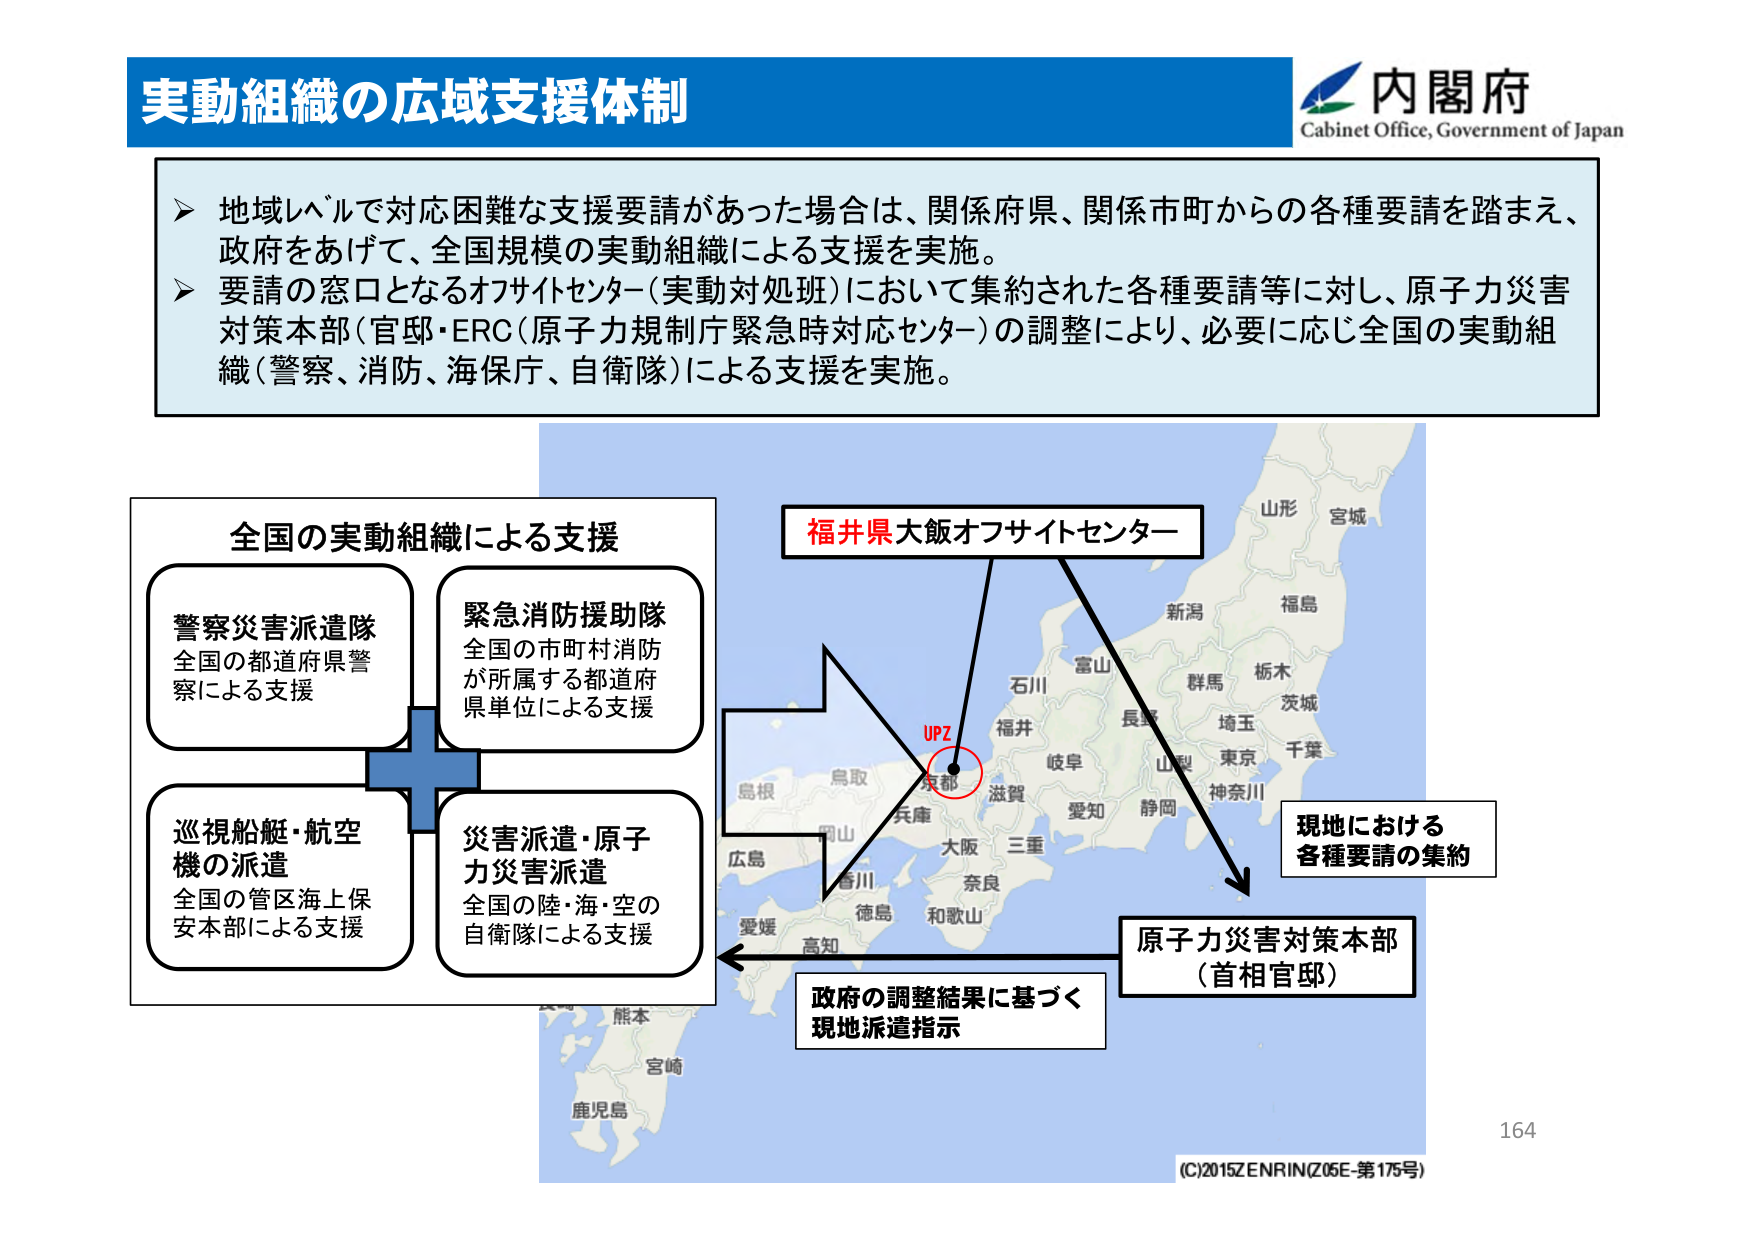
実動組織の広域支援体制

内閣府
Cabinet Office, Government of Japan

▶ 地域レベルで対応困難な支援要請があった場合は、関係府県、関係市町からの各種要請を踏まえ、政府をあげて、全国規模の実動組織による支援を実施。
▶ 要請の窓口となるオフサイトセンター（実動対処班）において集約された各種要請等に対し、原子力災害対策本部（官邸・ERC（原子力規制庁緊急時対応センター））の調整により、必要に応じ全国の実動組織（警察、消防、海保庁、自衛隊）による支援を実施。

全国の実動組織による支援

警察災害派遣隊
全国の都道府県警察による支援

緊急消防援助隊
全国の市町村消防が所属する都道府県単位による支援

巡視船艇・航空機の派遣
全国の管区海上保安本部による支援

災害派遣・原子力災害派遣
全国の陸・海・空の自衛隊による支援

福井県大飯オフサイトセンター

現地における
各種要請の集約

原子力災害対策本部
（首相官邸）

政府の調整結果に基づく
現地派遣指示

UPZ

山形
宮城
新潟
福島
富山
石川
福井
長野
群馬
栃木
茨城
埼玉
千葉
東京
山梨
神奈川
静岡
愛知
岐阜
滋賀
京都
兵庫
大阪
三重
奈良
和歌山
鳥取
島根
岡山
香川
徳島
愛媛
高知
熊本
宮崎
鹿児島

164

(C)2015ZENRIN(Z05E-第175号)